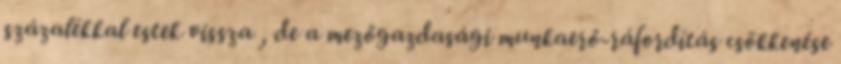
százalékkal estek vissza , de a mezőgazdasági munkaerő-ráfordítás csökkenése